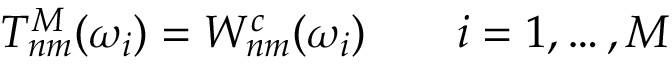
T _ { n m } ^ { M } ( \omega _ { i } ) = W _ { n m } ^ { c } ( \omega _ { i } ) \qquad i = 1 , \ldots , M